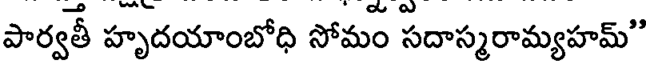
పార్వతీ హృదయాంబోధి సోమం సదాస్మరామ్యహమ్"